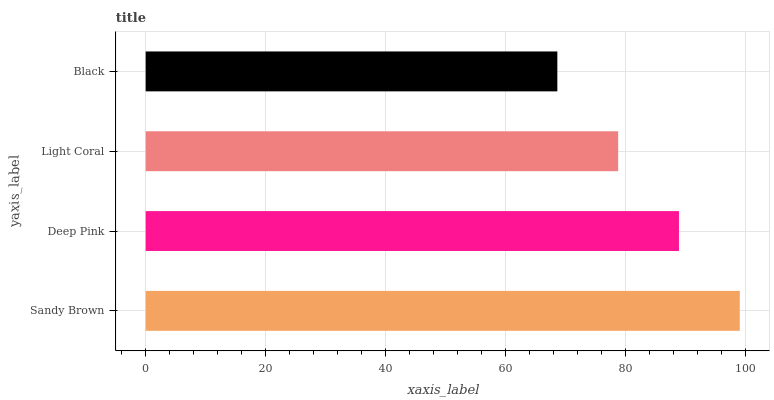
| yaxis_label | bars |
 | --- | --- |
 | Sandy Brown | 99 |
 | Deep Pink | 88.9 |
 | Light Coral | 78.7 |
 | Black | 68.6 |